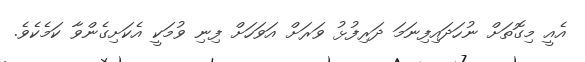
އެއީ މިގޮތަށް ނުހަދައިފިނަމަ ދަރިފުޅު ވަރަށް އަވަހަށް ފިނި ވުމަކީ އެކަށިގެންވާ ކަމެކެވެ.